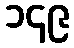
၁၄၉